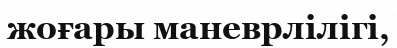
жоғары маневрлілігі,